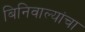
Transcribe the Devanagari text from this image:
बिनिवाल्यांचा